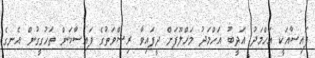
ފައިސާއަކީ އަހްމަދު އަދީބު އަހްމަދު މަހްލޫފަށް ދީފައިވާ ރިޝްވަތުގެ ފައިސާކަން ތަހުގީގުން އެނގެ